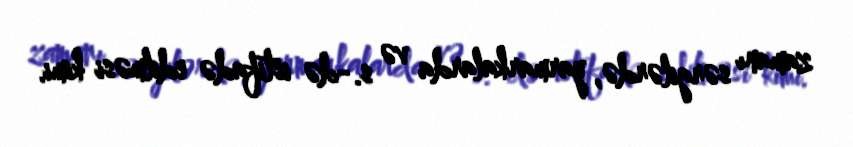
zamanı sərgilərdə, yarmarkalarda və s.-də istifadə edilməsi kimi.